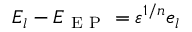
E _ { l } - E _ { \mathrm { ~ E ~ P ~ } } = \varepsilon ^ { 1 / n } e _ { l }